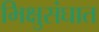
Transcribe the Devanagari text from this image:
भिक्षुसंघात